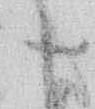
十